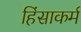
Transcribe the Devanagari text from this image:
हिंसाकर्म